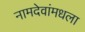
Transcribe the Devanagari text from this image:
नामदेवांमधला